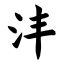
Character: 沣